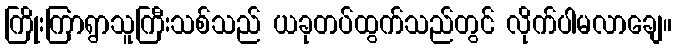
ကြိုးကြာရွာသူကြီးသစ်သည် ယခုတပ်ထွက်သည်တွင် လိုက်ပါမလာချေ။